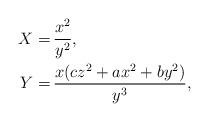
LaTeX: \begin{align*}X=& \, \frac{x^2}{y^2},\\Y=& \, \frac{x(c z^2+ a x^2+ b y^2)}{y^3},\end{align*}